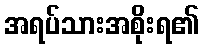
အရပ်သားအစိုးရ၏